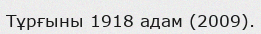
Тұрғыны 1918 адам (2009).